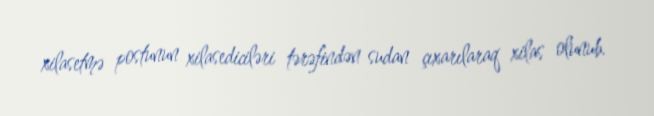
xilasetmə postunun xilasediciləri tərəfindən sudan çıxarılaraq xilas olunub.